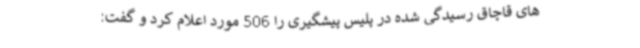
های قاچاق رسیدگی شده در پلیس پیشگیری را 506 مورد اعلام کرد و گفت: